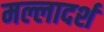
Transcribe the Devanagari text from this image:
मल्लादर्श